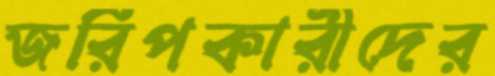
জরিপকারীদের